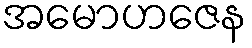
အမောဟဇေန